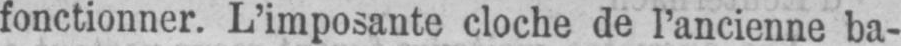
fonctionner. L’imposante cloche de l’ancienne ba-